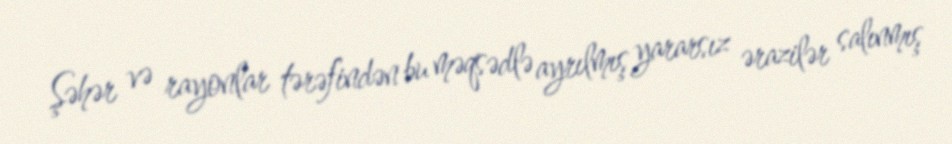
Şəhər və rayonlar tərəfindən bu məqsədlə ayrılmış yararsız ərazilər salınmış